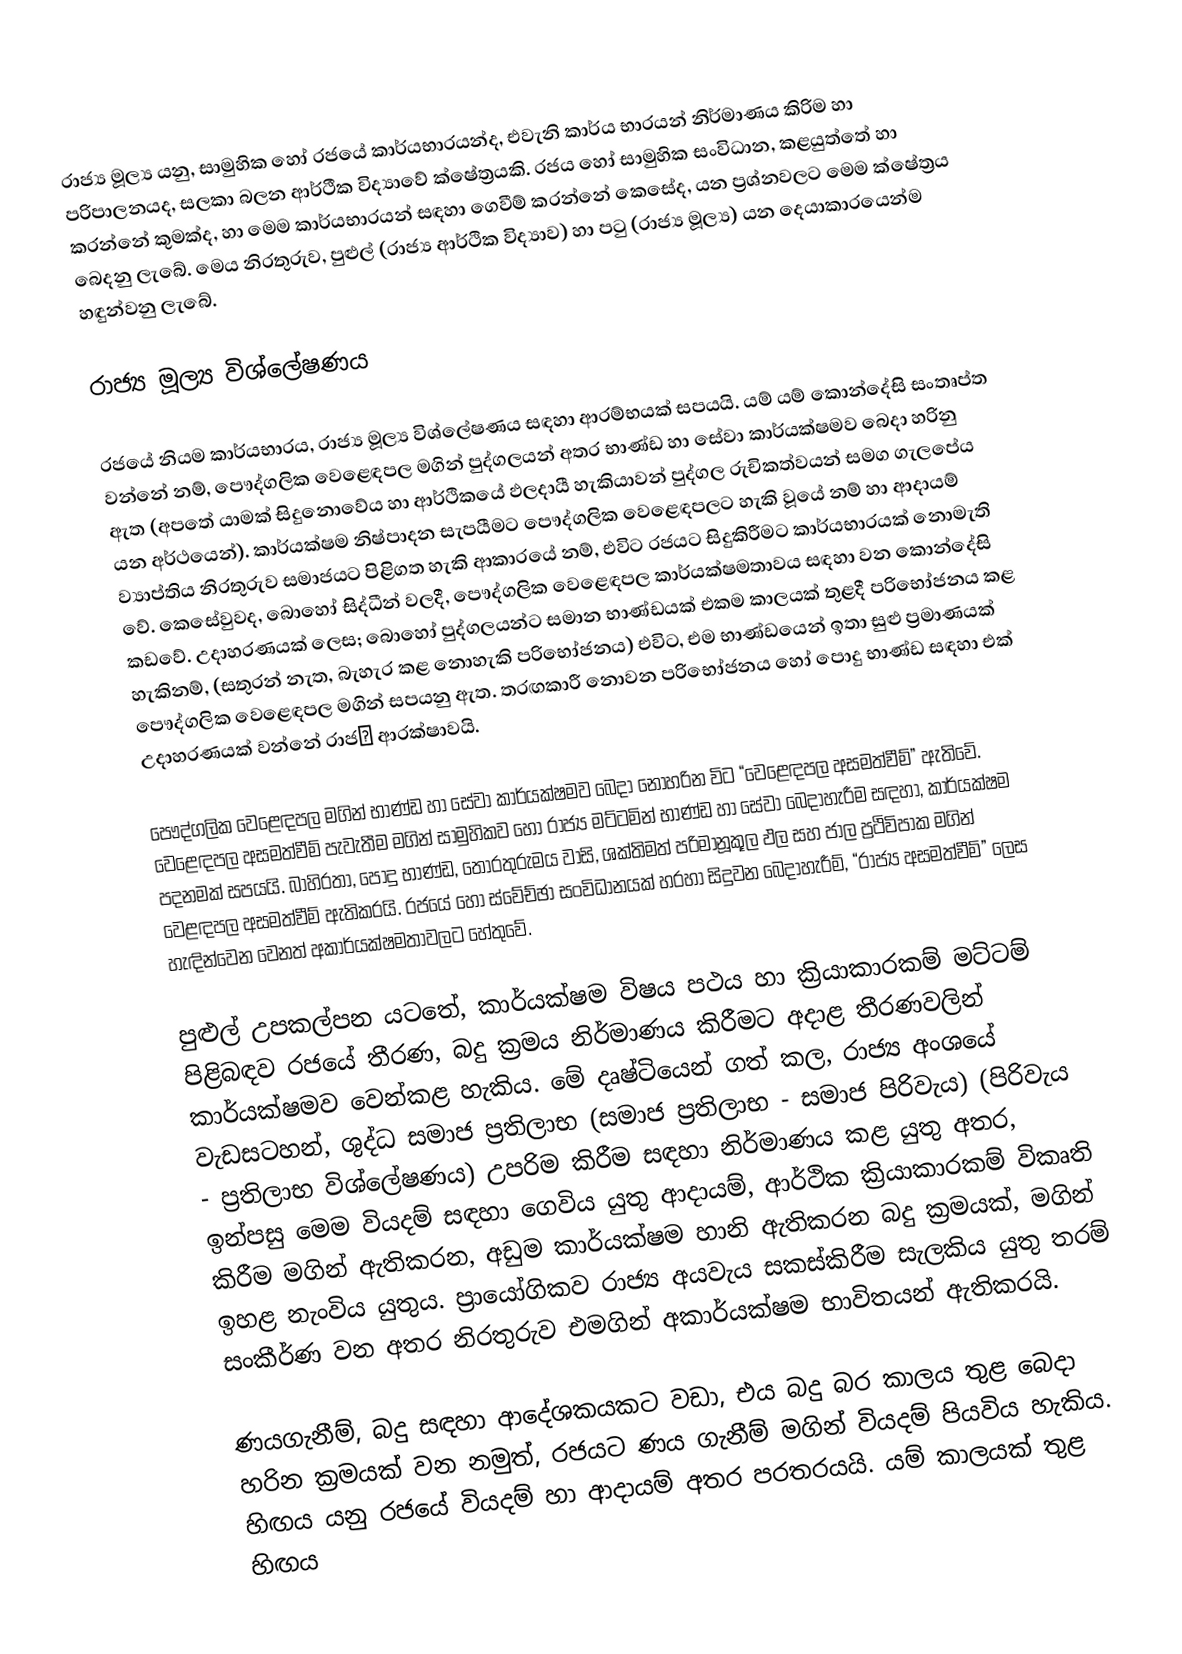
රාජ්‍ය මූල්‍ය යනු, සාමුහික හෝ රජයේ කාර්යභාරයන්ද, එවැනි කාර්ය භාරයන් නිර්මාණය කිරිම හා පරිපාලනයද, සලකා බලන ආර්ථීක විද්‍යාවේ ක්ෂේත්‍රයකි. රජය හෝ සාමුහික සංවිධාන, කළයුත්තේ හා කරන්නේ කුමක්ද, හා මෙම කාර්යභාරයන් සඳහා ගෙවීම් කරන්නේ කෙසේද, යන ප්‍රශ්නවලට මෙම ක්ෂේත්‍රය බෙදනු ලැබේ. මෙය නිරතුරුව, පුළුල් (රාජ්‍ය ආර්ථික විද්‍යාව) හා පටු (රාජ්‍ය මූල්‍ය) යන දෙයාකාරයෙන්ම හඳුන්වනු ලැබේ.

රාජ්‍ය මූල්‍ය විශ්ලේෂණය

රජයේ නියම කාර්යභාරය, රාජ්‍ය මූල්‍ය විශ්ලේෂණය සඳහා ආරම්භයක් සපයයි. යම් යම් කොන්දේසි සංතෘප්ත වන්නේ නම්, පෞද්ගලික වෙළෙඳපල මගින් පුද්ගලයන් අතර භාණ්ඩ හා සේවා කාර්යක්ෂමව බෙදා හරිනු ඇත (අපතේ යාමක් සිදුනොවේය හා ආර්ථිකයේ ඵලදායී හැකියාවන් පුද්ගල රුචිකත්වයන් සමග ගැලපේය යන අර්ථයෙන්). කාර්යක්ෂම නිෂ්පාදන සැපයීමට පෞද්ගලික වෙළෙඳපලට හැකි වූයේ නම් හා ආදායම් ව්‍යාප්තිය නිරතුරුව සමාජයට පිළිගත හැකි ආකාරයේ නම්, එවිට රජයට සිදුකිරීමට කාර්යභාරයක් නොමැති වේ. කෙසේවුවද, බොහෝ සිද්ධීන් වලදී, පෞද්ගලික වෙළෙඳපල කාර්යක්ෂමතාවය සඳහා වන කොන්දේසි කඩවේ. උදාහරණයක් ලෙස; බොහෝ පුද්ගලයන්ට සමාන භාණ්ඩයක් එකම කාලයක් තුළදී පරිභෝජනය කළ හැකිනම්, (සතුරන් නැත, බැහැර කළ නොහැකි පරිභෝජනය) එවිට, එම භාණ්ඩයෙන් ඉතා සුළු ප්‍රමාණයක් පෞද්ගලික වෙළෙඳපල මගින් සපයනු ඇත. තරඟකාරී නොවන පරිභෝජනය හෝ පොදු භාණ්ඩ සඳහා එක් උදාහරණයක් වන්නේ රාජ ආරක්ෂාවයි.

පෞද්ගලික වෙළෙඳපල මගින් භාණ්ඩ හා සේවා කාර්යක්ෂමව බෙදා නොහරින විට “වෙළෙඳපල අසමත්වීම්” ඇතිවේ. වෙළෙඳපල අසමත්වීම් පැවැතීම මගින් සාමුහිකව හෝ රාජ්‍ය මට්ටමින් භාණ්ඩ හා සේවා බෙදාහැරීම සඳහා, කාර්යක්ෂම පදනමක් සපයයි. බාහිරතා, පොදු භාණ්ඩ, තොරතුරුමය වාසි, ශක්තිමත් පරිමානූකූල ඵල සහ ජාල ප්‍රථිවිපාක මගින් වෙළඳපල අසමත්වීම් ඇතිකරයි. රජයේ හෝ ස්වේච්ඡා සංවිධානයක් හරහා සිදුවන බෙදාහැරීම්, “රාජ්‍ය අසමත්වීම්” ලෙස හැඳින්වෙන වෙනත් අකාර්යක්ෂමතාවලට හේතුවේ.

පුළුල් උපකල්පන යටතේ, කාර්යක්ෂම විෂය පථය හා ක්‍රියාකාරකම් මට්ටම් පිළිබඳව රජයේ තීරණ, බදු ක්‍රමය නිර්මාණය කිරීමට අදාළ තීරණවලින් කාර්යක්ෂමව වෙන්කළ හැකිය. මේ දෘෂ්ටියෙන් ගත් කල, රාජ්‍ය අංශයේ වැඩසටහන්, ශුද්ධ සමාජ ප්‍රතිලාභ (සමාජ ප්‍රතිලාභ - සමාජ පිරිවැය) (පිරිවැය - ප්‍රතිලාභ විශ්ලේෂණය) උපරිම කිරීම සඳහා නිර්මාණය කළ යුතු අතර, ඉන්පසු මෙම වියදම් සඳහා ගෙවිය යුතු ආදායම්, ආර්ථික ක්‍රියාකාරකම් විකෘති කිරීම මගින් ඇතිකරන, අඩුම කාර්යක්ෂම හානි ඇතිකරන බදු ක්‍රමයක්, මගින් ඉහළ නැංවිය යුතුය. ප්‍රායෝගිකව රාජ්‍ය අයවැය සකස්කිරීම සැලකිය යුතු තරම් සංකීර්ණ වන අතර නිරතුරුව එමගින් අකාර්යක්ෂම භාවිතයන් ඇතිකරයි.

ණයගැනීම්, බදු සඳහා ආදේශකයකට වඩා, එය බදු බර කාලය තුළ බෙදා හරින ක්‍රමයක් වන නමුත්, රජයට ණය ගැනීම් මගින් වියදම් පියවිය හැකිය. හිඟය යනු රජයේ වියදම් හා ආදායම් අතර පරතරයයි. යම් කාලයක් තුළ හිඟය